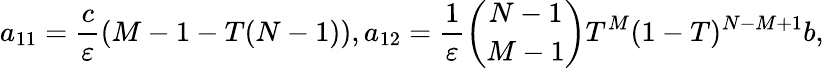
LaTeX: a_{11}=\frac{c}{\varepsilon}(M-1-T(N-1)),a_{12}=\frac{1}{\varepsilon}\binom{N-1}{M-1}T^{M}(1-T)^{N-M+1}b,